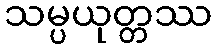
သမ္ပယုတ္တဿ